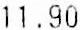
11.90